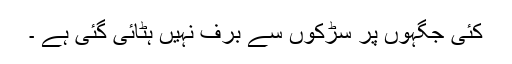
کئی جگہوں پر سڑکوں سے برف نہیں ہٹائی گئی ہے ۔